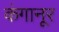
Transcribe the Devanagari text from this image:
कंगानूर